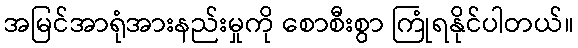
အမြင်အာရုံအားနည်းမှုကို စောစီးစွာ ကြုံရနိုင်ပါတယ်။